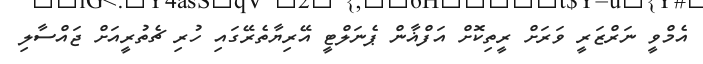
އެމްވީ ނަރްޒަރީ ވަރަށް ރީތިކޮށް އަފްޣާން ޕެނަލްޓީ އޭރިޔާތެރޭގައި ހުރި ޗެތުރީއަށް ޖައްސާލި